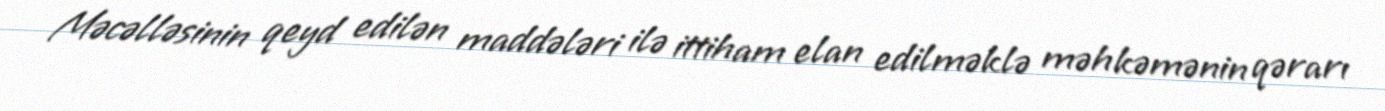
Məcəlləsinin qeyd edilən maddələri ilə ittiham elan edilməklə məhkəmənin qərarı